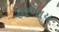
હરખાય